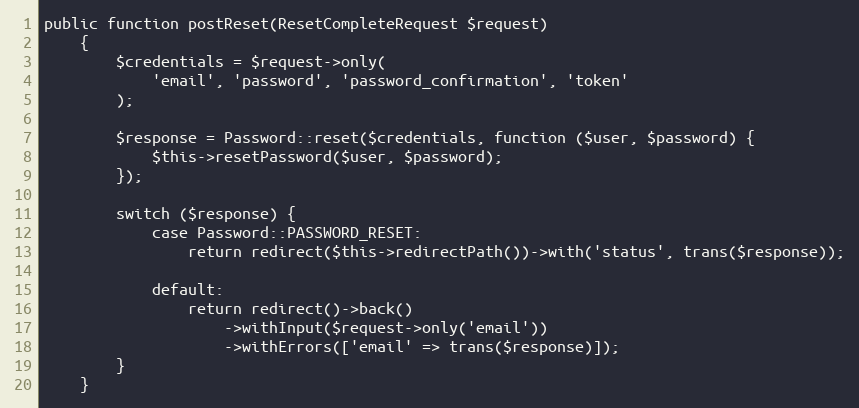
Language: PHP
public function postReset(ResetCompleteRequest $request)
    {
        $credentials = $request->only(
            'email', 'password', 'password_confirmation', 'token'
        );

        $response = Password::reset($credentials, function ($user, $password) {
            $this->resetPassword($user, $password);
        });

        switch ($response) {
            case Password::PASSWORD_RESET:
                return redirect($this->redirectPath())->with('status', trans($response));

            default:
                return redirect()->back()
                    ->withInput($request->only('email'))
                    ->withErrors(['email' => trans($response)]);
        }
    }